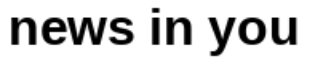
news in you